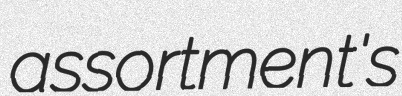
assortment's